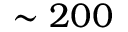
\sim 2 0 0